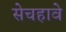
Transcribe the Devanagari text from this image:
सेचहावे